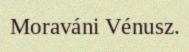
Moraváni Vénusz.